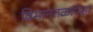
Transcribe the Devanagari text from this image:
विमानतळांपेक्षा